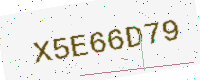
Text: X5E66D79